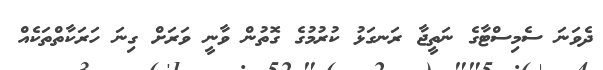
ދެވަނަ ސެމިސްޓާގެ ނަތީޖާ ރަނގަޅު ކުރުމުގެ ގޮތުން ވާނީ ވަރަށް ގިނަ ހަރަކާތްތަކެއް